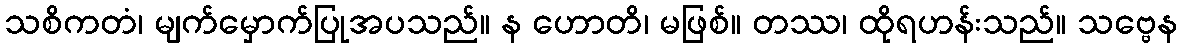
သစိကတံ၊ မျက်မှောက်ပြုအပသည်။ န ဟောတိ၊ မဖြစ်။ တဿ၊ ထိုရဟန်းသည်။ သဗ္ဗေန